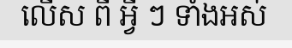
លើស ពី អ្វី ៗ ទាំងអស់